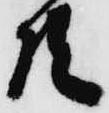
共